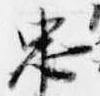
忠